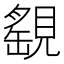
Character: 𧡾